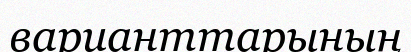
варианттарының